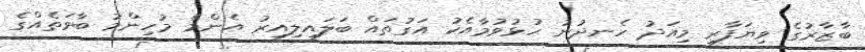
ބާޒާރުގެ ވިޔަފާރި މިއަދު ހެނދުނު ހުޅުވުމާއެކު އަގުތައް ބަލައިލިއިރު އެންމެ މުހިންމު ބާވަތެއްގެ